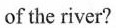
of the river?